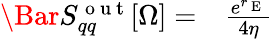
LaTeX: \begin{array}{rl}{\Bar{S}_{qq}^{\mathrm{~o~u~t~}}[\Omega]=}&{{}\frac{e^{r_{\mathrm{~E~}}}}{4\eta}}\end{array}